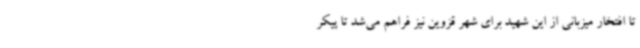
تا افتخار میزبانی از این شهید برای شهر قزوین نیز فراهم می‌شد تا پیکر